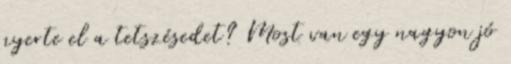
nyerte el a tetszésedet? Most van egy nagyon jó